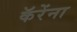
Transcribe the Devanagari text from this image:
कॅरेंना